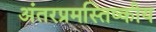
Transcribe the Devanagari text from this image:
अंतरप्रमस्तिष्‍कीय